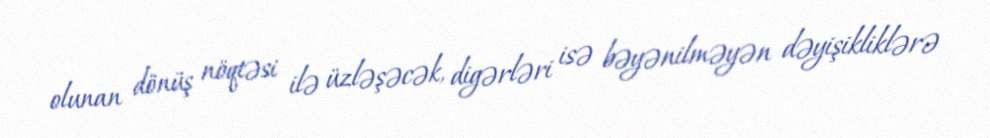
olunan dönüş nöqtəsi ilə üzləşəcək, digərləri isə bəyənilməyən dəyişikliklərə